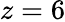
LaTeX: z=6